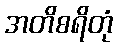
အတိစရိတုံ